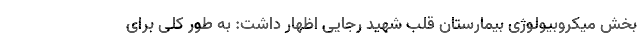
بخش میکروبیولوژی بیمارستان قلب شهید رجایی اظهار داشت: به طور کلی برای